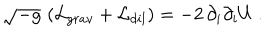
LaTeX: \sqrt { - g } \, \left( { \cal L } _ { g r a v } + { \cal L } _ { d i l } \right) = - 2 \, \partial _ { i } \partial _ { i } U \ .